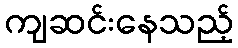
ကျဆင်းနေသည့်